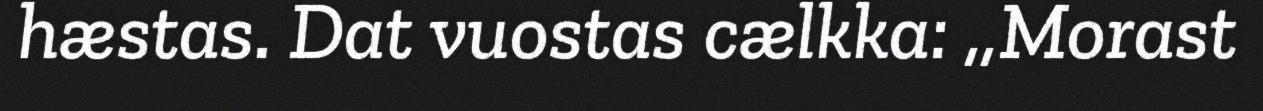
hæstas. Dat vuostas cælkka: ,,Morast